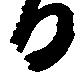
る